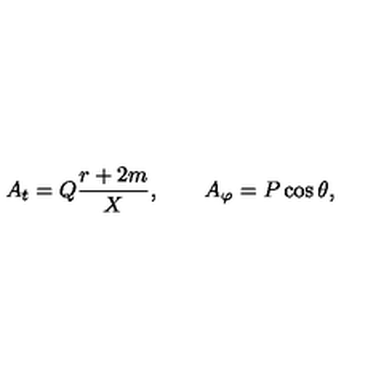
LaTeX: A _ { t } = Q { \frac { r + 2 m } { X } } , \qquad A _ { \varphi } = P \cos \theta ,